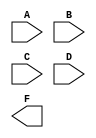
module top(A, B, C, D, F);

input A, B, C, D;
output F;

// YOUR VERILOG CODE BELOW

endmodule